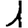
Digit: 1